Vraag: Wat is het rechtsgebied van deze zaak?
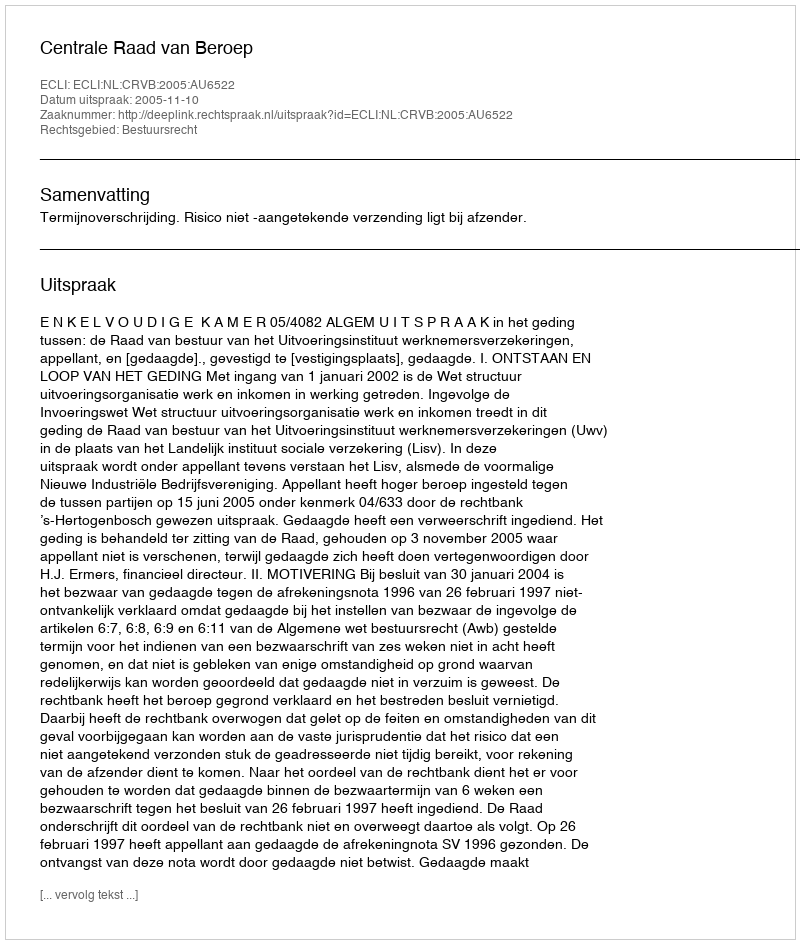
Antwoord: Bestuursrecht